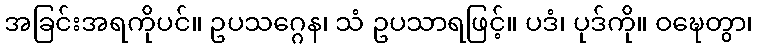
အခြင်းအရကိုပင်။ ဥပသဂ္ဂေန၊ သံ ဥပသာရဖြင့်။ ပဒံ၊ ပုဒ်ကို။ ဝဍ္ဎေတွာ၊